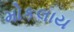
મોકલાય